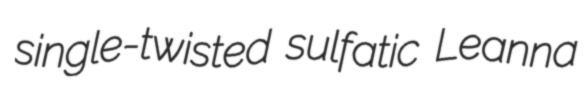
single-twisted sulfatic Leanna